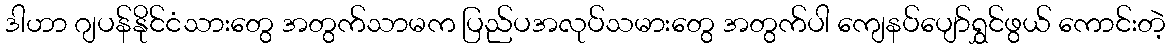
ဒါဟာ ဂျပန်နိုင်ငံသားတွေ အတွက်သာမက ပြည်ပအလုပ်သမားတွေ အတွက်ပါ ကျေနပ်ပျော်ရွှင်ဖွယ် ကောင်းတဲ့